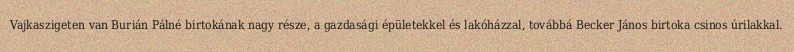
Vajkaszigeten van Burián Pálné birtokának nagy része, a gazdasági épületekkel és lakóházzal, továbbá Becker János birtoka csinos úrilakkal.